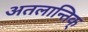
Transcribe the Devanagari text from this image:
अतलान्तिक्